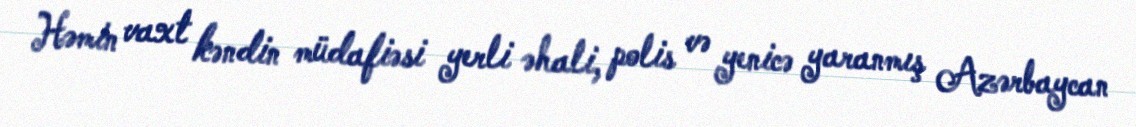
Həmin vaxt kəndin müdafiəsi yerli əhali, polis və yenicə yaranmış Azərbaycan